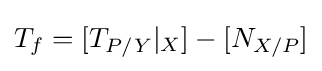
T_{f}=[T_{P/Y}|_{X}]-[N_{X/P}]